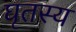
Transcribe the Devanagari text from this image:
घृतस्य